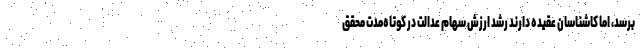
برسد، اما کاشناسان عقیده دارند رشد ارزش سهام عدالت در کوتاه‌مدت محقق